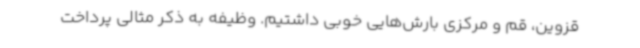
قزوین، قم و مرکزی بارش‌هایی خوبی داشتیم. وظیفه به ذکر مثالی پرداخت